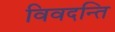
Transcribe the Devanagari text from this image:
विवदन्ति